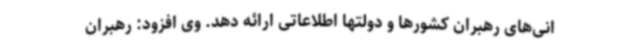
انی‌های رهبران کشورها و دولتها اطلاعاتی ارائه دهد. وی افزود: رهبران